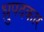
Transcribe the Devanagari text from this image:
ध्रुपदकार